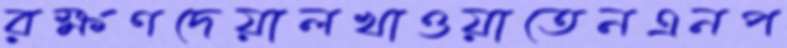
রক্ষণদেয়ালখাওয়াতেনএনপ